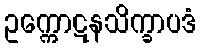
ဥက္ကောဋနသိက္ခာပဒံ